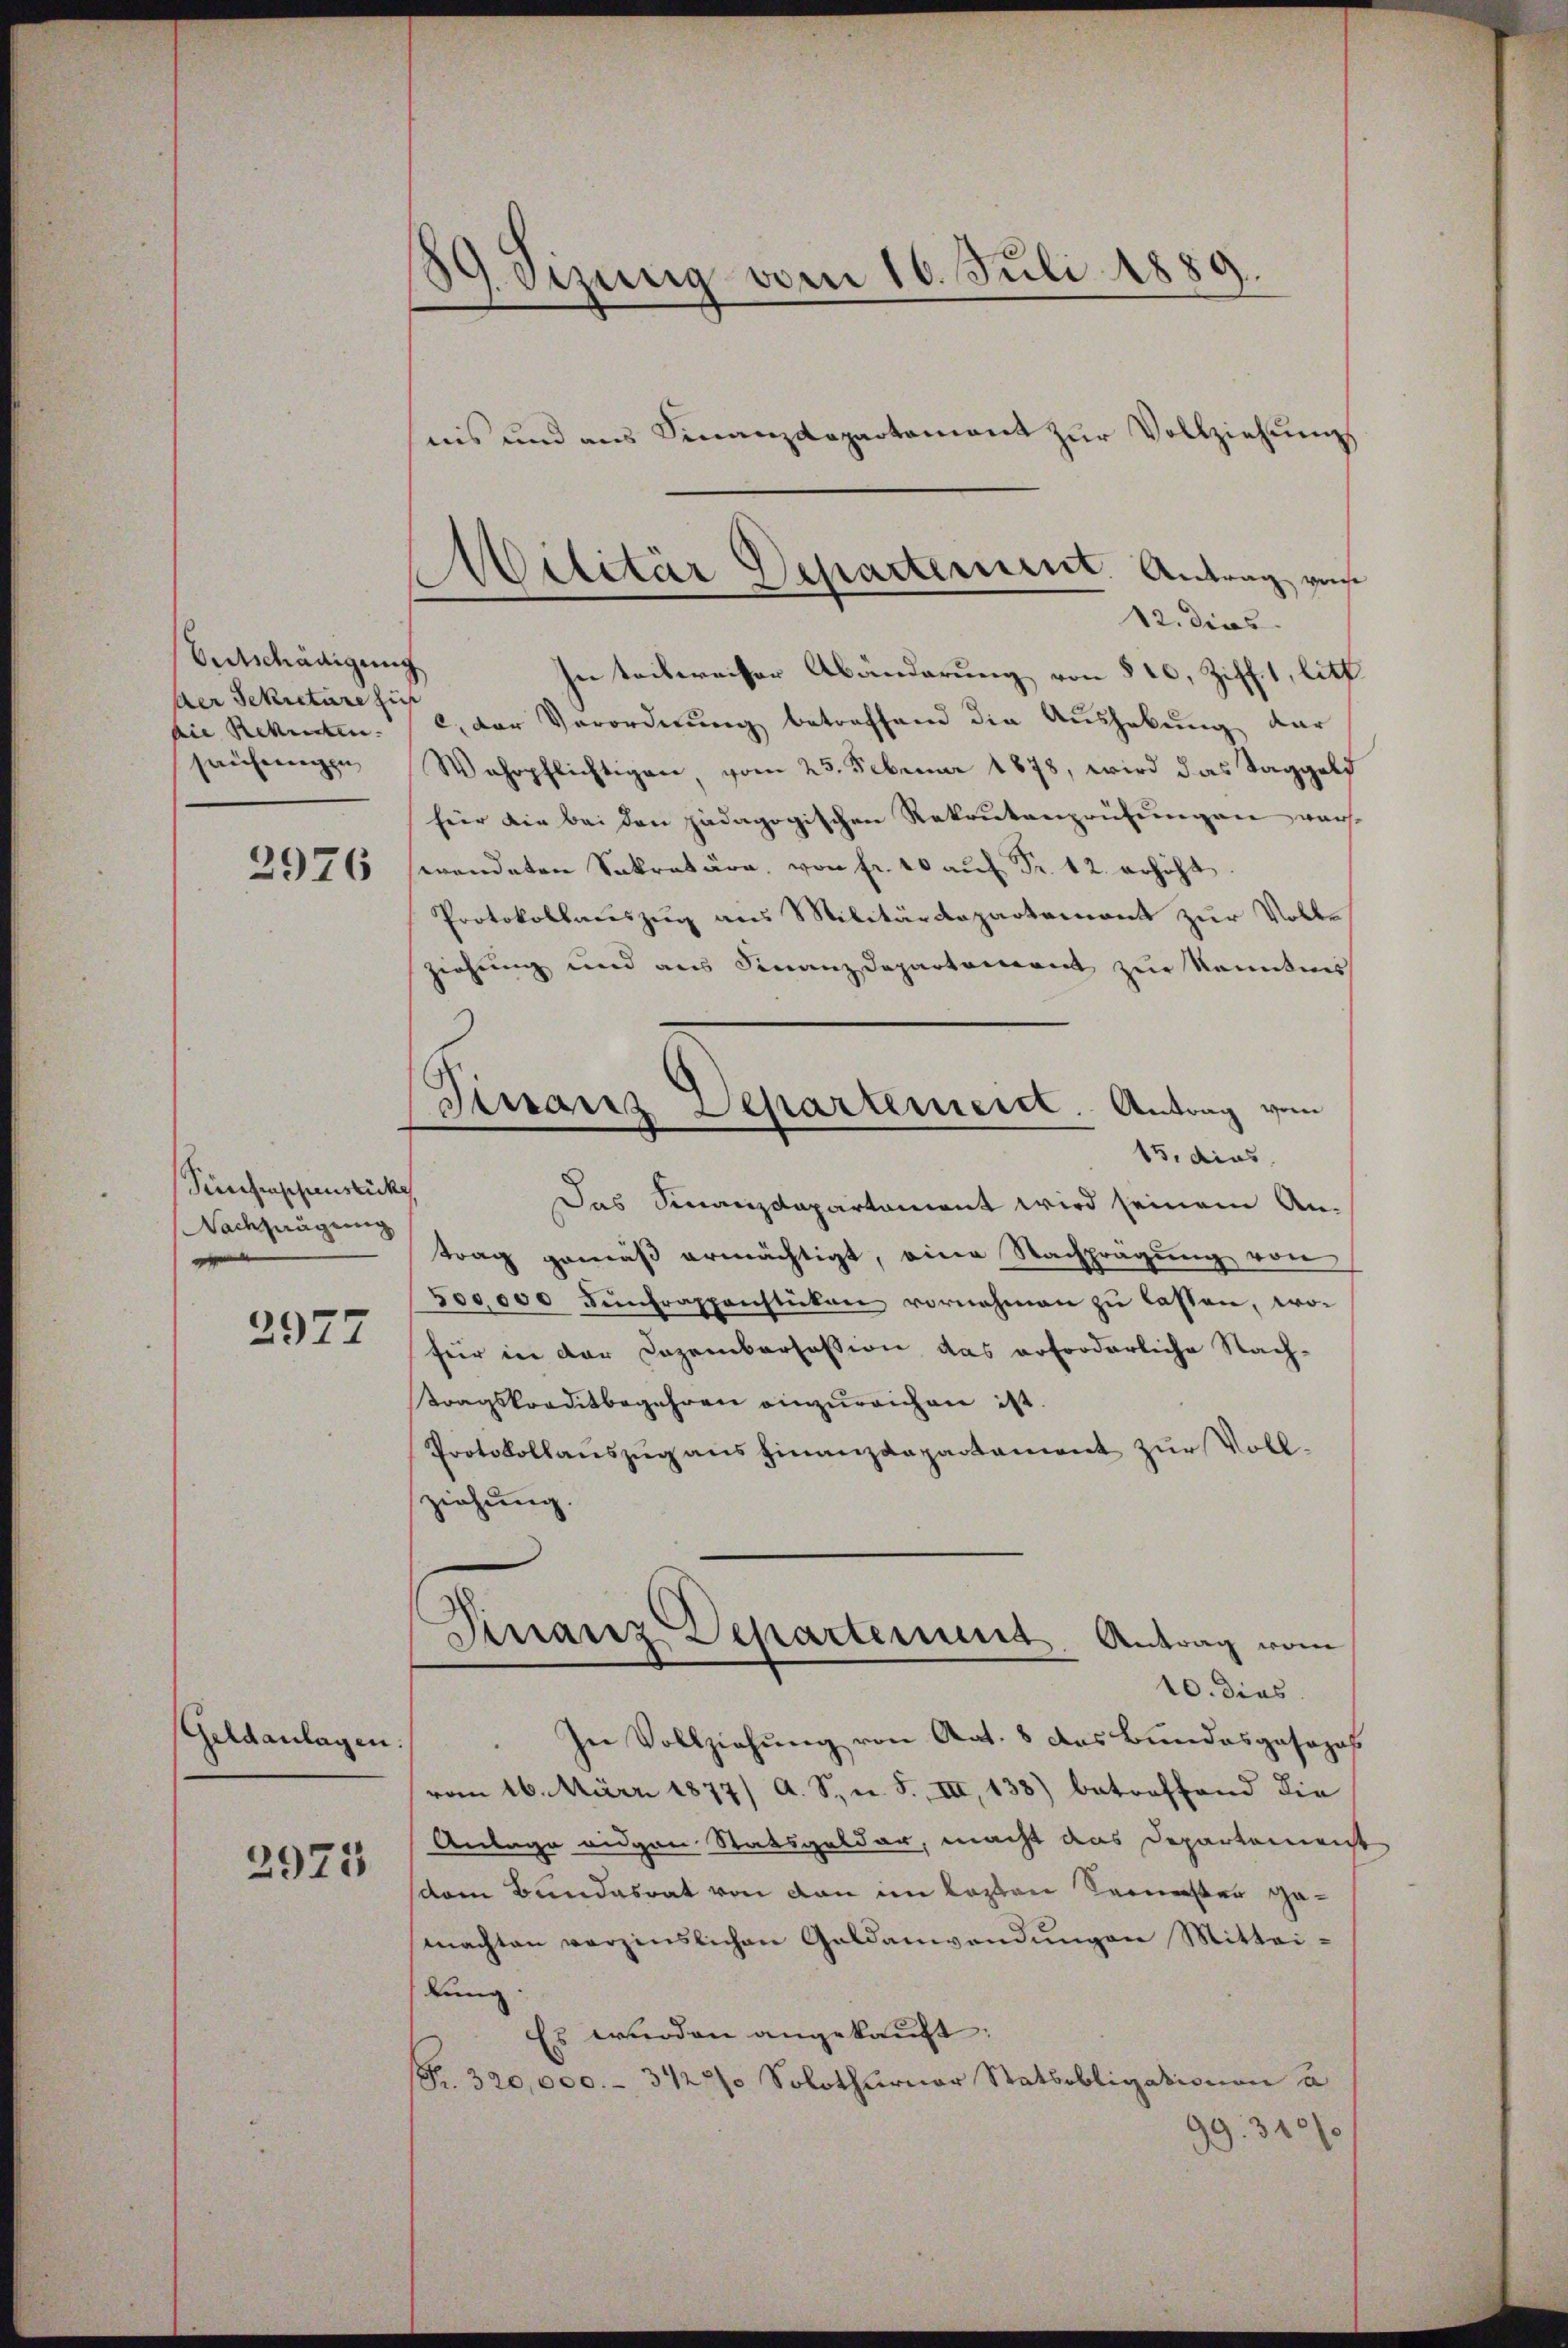
Entschädigung
der Sekretäre zus
die Rekruten.
säufnungen
2926

Seine frappenstücke
Nachzuägung

2977

Geldanlagen.

2923

59. Dezung vom 16. Juli 1889.

nis und aus Finanzdepartement zŭr Vollziehung
In teilweiser Abänderung von § 10, Ziffet, litt.
c. der Verordnŭng betreffend die Aushebung dar
Wahrpflichtigen vom 23. Februar 1878, wird das Taggeld
für die bei den pädagogischen Rekrutenprüfŭngen vors
wendeten Sokratura, von fr. 10 aŭf Fr. 12. erhöht
Protokollauszug aus Militärdepartemont zur Volle
ziehung und aus Finanzdepartement zur Kenntni
15, dies
Das Finanzdepartament wird seinem An-
trag gemäß ermächtigt, eine Nachprägung von
500,000 Fŭntrappenstücken vornehmen zŭ lassen, wofür in der Dezemberfassion das erforderliche Nach-
ttragskreditbegehren einzureichen ist.
Protokollauszug aus Finanzdepartement zur Vollziehung.
Finanz Departement. Antrag vom
10. dies
In Vollziehung von Art. 8 das Bundesgosozos
vom 16. März 1877/ A. S., n. F. III, 138) betreffend die
Antage eigen Statsgelder, macht das Departement
dem Bundesrat von den im lezten Seinerster gemachten verzinslichen Geldanwendŭngen Mittei-
lung
Es wurden angekauft:
(S. 320,000.- 3127/ Solothurner Statbobligationen a
99. 310 f

Militär Departement. Antrag von
12. dies

Tirranz Departemeist. Antrag vom